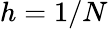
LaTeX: h=1/N